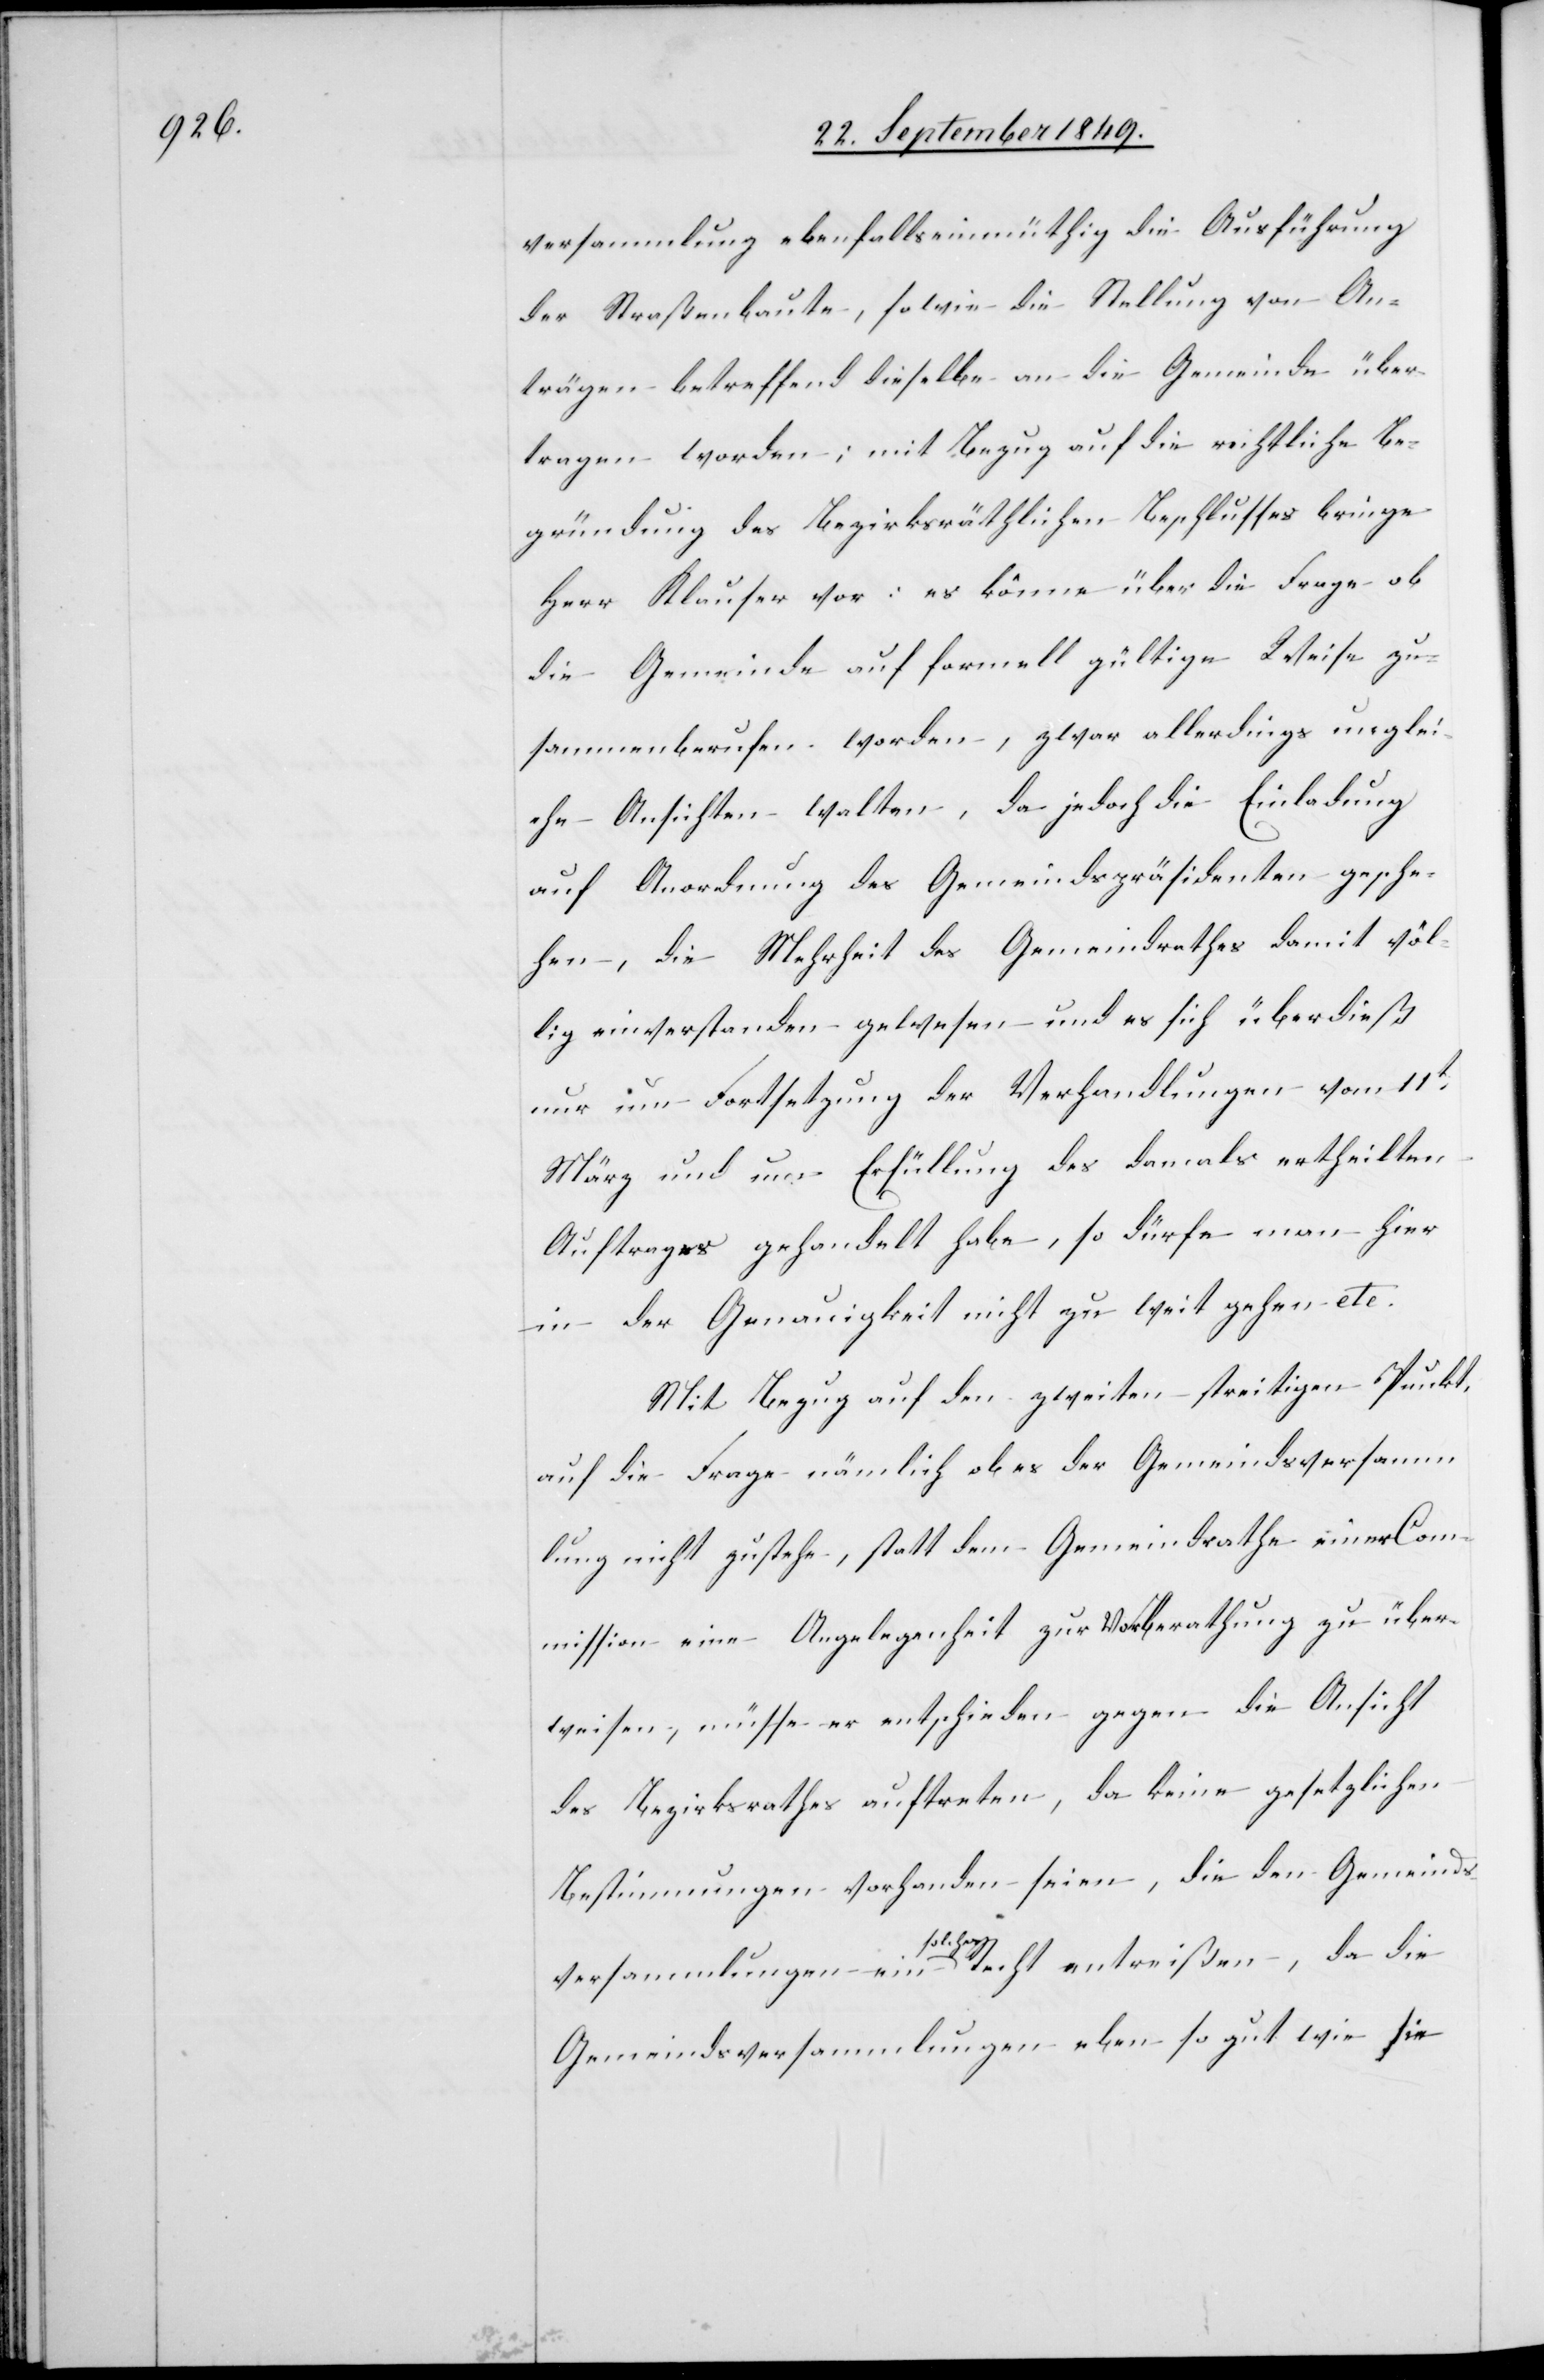
versammlung ebenfalls einmüthig die Ausführung
der Straßenbaute, sowie die Stellung von An¬
trägen betreffend dieselbe an die Gemeinde über¬
tragen worden; mit Bezug auf die rechtliche Be¬
gründung des bezirksräthlichen Beschlusses bringe
Herr Klauser vor: es könne über die Frage ob
die Gemeinde auf formell gültige Weise zu¬
sammenberufen worden, zwar allerdings unglei¬
che Ansichten walten, da jedoch die Einladung
auf Anordnung des Gemeindspräsidenten gesche¬
hen, die Mehrheit des Gemeindrathes damit völ¬
lig einverstanden gewesen und es sich überdieß
nur um Fortsetzung der Verhandlungen vom 11t
März und um Erfüllung des damals ertheilten
Auftrages gehandelt habe, so dürfe man hier
in der Genauigkeit nicht zu weit gehen etc.
Mit Bezug auf den zweiten streitigen Punkt,
auf die Frage nämlich ob es der Gemeindsversamm¬
lung nicht zustehe, statt dem Gemeindrathe einer Com¬
mission eine Angelegenheit zur a-Vor-aBerathung zu über¬
weisen, müsse es entschieden gegen die Ansicht
des Bezirksrathes auftreten, da keine gesetzlichen
Bestimmungen vorhanden seien, die den Gemeinds¬
versammlungen ein a-solches-a Recht entreißen, da die
Gemeindsversammlungen eben so gut wie sie